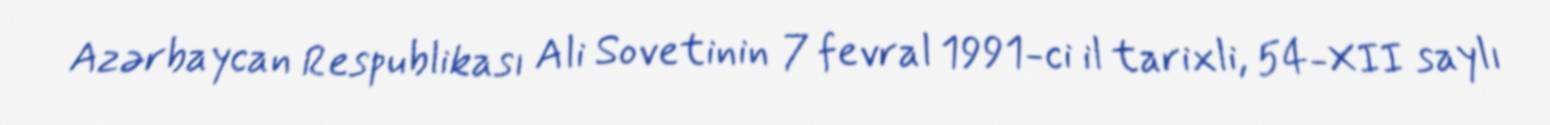
Azərbaycan Respublikası Ali Sovetinin 7 fevral 1991-ci il tarixli, 54-XII saylı